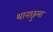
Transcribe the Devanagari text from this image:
थानछुमा